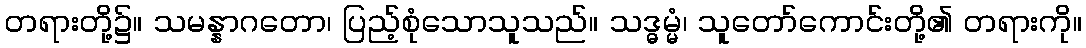
တရားတို့၌။ သမန္နာဂတော၊ ပြည့်စုံသောသူသည်။ သဒ္ဓမ္မံ၊ သူတော်ကောင်းတို့၏ တရားကို။